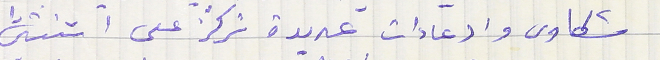
شكاوى وادعاءات عديدة تركّز على اثنتين